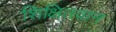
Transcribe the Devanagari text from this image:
शिक्षितवान